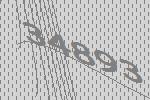
34893